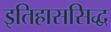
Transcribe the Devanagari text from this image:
इतिहाससिद्ध